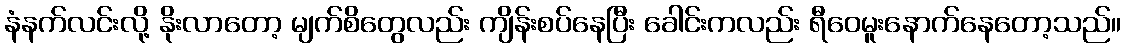
နံနက်လင်းလို့ နိုးလာတော့ မျက်စိတွေလည်း ကျိန်းစပ်နေပြီး ခေါင်းကလည်း ရီဝေမူးနောက်နေတော့သည်။